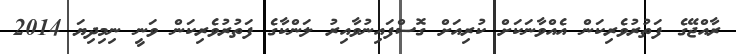
ރާއްޖޭގެ ފަތުރުވެރިކަން އެއްވާނަކަށް ކުރިއަށް ގޮސްފައިނުވާއިރު ލަންކާގެ ފަތުރުވެރިކަން ވަނީ ނިމިދިޔަ 2014